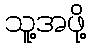
သူ့အဖို့